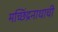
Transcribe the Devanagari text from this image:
मच्छिंद्रनाथाची